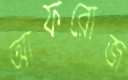
আফরোজ